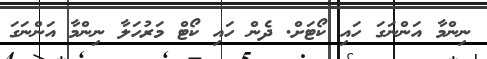
ނިންމާ އަންނަގަ ހައި ކޯޓަށް. ދެން ހައި ކޯޓް މަރުހަލާ ނިންމާ އަންނަގަ